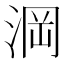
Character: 𣷣